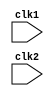
`timescale 1ns / 1ps
//////////////////////////////////////////////////////////////////////////////////
// Company: 
// 
// Design Name: 
// Module Name: mips32
// Project Name: 
// Target Devices: 
// Tool Versions: 
// Description: verilog code for MIPS32 processer,  
//                  
// Dependencies:        visit https://github.com/nidhinchandran47/
// 
// Revision:1
// Revision 0.01 - File Created (21.4.23)
//             2 - Included branching operations and perfomance improvements(27.4.23)
//
//
//
//
// Additional Comments:
//  
//////////////////////////////////////////////////////////////////////////////////


module mips32(
    input clk1,                    // TWO PHASE CLOCK CLOCK TO TRIGGER ADJACENT STAGE WITH A DELAY 
    input clk2                     // ____/\_____/\____
    );                             //_/\_____/\____
    
//-------------------*?? pipeline intermediate registers ??*---------------------

    reg [31:0] PC;                 // program counter
    reg [31:0] IF_ID_IR;           // instruction register between instruction fetch and instruction decode phases
    reg [31:0] IF_ID_NPC;          // temp. program counter value between IF and ID
    reg [31:0] ID_EX_IR;           // instruction register between ID and EX stage
    reg [31:0] ID_EX_NPC;          // temp. program counter value between ID and EX
    reg [31:0] ID_EX_A;            // A register
    reg [31:0] ID_EX_B;            // B register
    reg [31:0] ID_EX_Imm;          // Immediate data register
    reg [31:0] EX_MEM_IR;          // instruction register between EX and MEM stage
    reg [31:0] EX_MEM_ALUout;      // ALU output between EX and MEM stage
    reg [31:0] EX_MEM_B;           // b register
    reg EX_MEM_cond;               // condition register to save the decision wheather to take the branch or not
    reg [31:0] MEM_WB_IR;          //instruction register between MEM and WB
    reg [31:0] MEM_WB_ALUout;      // ALU output between MEM and WB stage
    reg [31:0] MEM_WB_LMD;         // register to load memory data
    reg [2:0] ID_EX_type;          // visit line no.84 for more info  |
    reg [2:0] EX_MEM_type;         // visit line no.84 for more info  |  check typess under parameter
    reg [2:0] MEM_WB_type;         // visit line no.84 for more info  |
    reg HALTED;                    // State register to be made high if halt instruction is called, This register is checked in each stage foe activation
    reg BRANCH_TAKEN;              // State register to be made high if any branch instruction is called, memory write back process of previous operations are stop if it is high
    
//---------------*??  memory / registers ??*--------------------------
    reg [31:0] Reg [0:31];         // register bank   R0-R31  (32X32)
    reg [31:0] Mem [0:1023];       // 4gb external memory
    
//---------------*?? parameters  ??*----------------------------------
            
            //INSTRUCTIONS
    parameter ADD = 6'h00;         //ADDITION      
    parameter SUB = 6'h01;         //SUBSTRACT
    parameter AND = 6'h02;         //AND OPERATION
    parameter OR = 6'h03;          //OR OPERATION
    parameter STL = 6'h04;         // SET LESS THAN
    parameter MUL = 6'h05;         // MULTIPICATION
    parameter NND = 6'h06;         //NAND OPERATION
    parameter NOR = 6'h07;         //NOR OPERATION
    parameter XOR = 6'h08;         //XOR OPERATION
    parameter XNR = 6'h09;         //XNOR OPERATION
    parameter LW = 6'h10;          //LOAD FORM MEMORY
    parameter SW = 6'h11;          //STORE TO MEMORY
    parameter ADI = 6'h12;         //ADD IMMEDIATE
    parameter SUI = 6'h13;         //SUBTRACT IMMEDIATE
    parameter STI = 6'h14;         //SET LEES THAN IMMEDIATE DATA
    parameter JMP = 6'h15;         //JUMP TO THE ADDRESS LOCATION WHICH THE THE SPECIFIC REGISTER CONTAIN
    parameter JPI = 6'h16;         //JUMP TO THE IMMEDIATE ADDRESS LOCATION
    parameter BIF = 6'h17;         //BRANCH IF 
    parameter BNF = 6'h18;         //BRANCH NOT IF
    parameter HLT = 6'h3F;         //STOP THE OPERATION
    
            //TYPES
    parameter RR_ALU = 3'h0;       //REGISTER REGISTER ALU OPERATION
    parameter RM_ALU = 3'h1;       //REGISTER MEMORY ALU OPERATION
    parameter LOAD = 3'h2;         //LOAD FROM MEMORY OPERATION
    parameter STORE = 3'h3;        //STORE TO MEMORY OPERATION
    parameter BRANCH = 3'h4;       //BRANCH
    parameter JUMP = 3'h6;
    parameter JUMP_IM = 3'h7;
    parameter HALT = 3'h5;         //HALT
    
    
//-----------*?? instruction fetch stage ??*-----------------------------------------
    
    always @(posedge clk1)
        if (HALTED == 0)
        begin
            if(((EX_MEM_IR[31:26] == BIF) && (EX_MEM_cond ==1)) || ((EX_MEM_IR[31:26] == BNF) && (EX_MEM_cond ==0)) || (EX_MEM_IR[31:26] == JMP) || (EX_MEM_IR[31:26] == JPI))
                begin
                    IF_ID_IR        <= #1 Mem[EX_MEM_ALUout];                   //in case of branch taken
                    BRANCH_TAKEN    <= #1 1'b1;                                 //updating value of program counter
                    IF_ID_NPC       <= #1 EX_MEM_ALUout +1;
                    PC              <= #1 EX_MEM_ALUout +1;
                end
            else
                begin
                    IF_ID_IR      <= #1 Mem[PC];
                    IF_ID_NPC     <= #1 PC +1;
                    PC            <= #1 PC +1;
                end
        end

//-----------*??  instruction decode stage ??*----------------------------------------   
    
    always @(posedge clk2)
        if (HALTED == 0)
        begin
            if(IF_ID_IR[25:21] == 5'b00000)             //
                begin                                   //
                    ID_EX_A <= 0;                       //  loading the value of rs to A
                end                                     //
            else                                        //
                    ID_EX_A <= #1 Reg[IF_ID_IR[25:21]]; //
             
            if(IF_ID_IR[20:16] == 5'b00000)             //
                begin                                   //
                    ID_EX_B <= 0;                       //  loading the value of rt to B
                end                                     //
            else                                        //
                    ID_EX_B <= #1 Reg[IF_ID_IR[20:16]]; //
            
            ID_EX_NPC    <= #1 IF_ID_NPC;                               //forwarding pc to next pipeline stage
            ID_EX_IR     <= #1 IF_ID_IR;                                //forwarding ir to next pipeline stage
            ID_EX_Imm    <= #1 {{16{IF_ID_IR[15]}}, {IF_ID_IR[15:0]}};  //sign extenting and forwarding the immediate data to next stage
            
            case (IF_ID_IR[31:26])                                                     //type decoding     
                AND,SUB,ADD,OR,STL,MUL,NND,NOR,XOR,XNR : ID_EX_type <= #1 RR_ALU;
                ADI,SUI,STI                            : ID_EX_type <= #1 RM_ALU;
                LW                                     : ID_EX_type <= #1 LOAD;
                SW                                     : ID_EX_type <= #1 STORE;
                BIF,BNF                                : ID_EX_type <= #1 BRANCH;
                JMP                                    : ID_EX_type <= #1 JUMP;
                JPI                                    : ID_EX_type <= #1 JUMP_IM;
                HLT                                    : ID_EX_type <= #1 HALT;
                default                                : ID_EX_type <= #1 HALT;
            endcase    
        end
    
//-----------*??  execution stage ??*------------------------------------------------   
    
    always @(posedge clk1)
        if(HALTED == 0)
        begin
            EX_MEM_type <= #1 ID_EX_type;               //forwarding type to next stage
            EX_MEM_IR   <= #1 ID_EX_IR;                 //forwarding IR to next stage
            BRANCH_TAKEN <= #1 1'b0;
            
            case (ID_EX_type)                           // ALU
                RR_ALU     :begin
                                case(ID_EX_IR[31:26])
                                    ADD     : begin
                                                    EX_MEM_ALUout <= #1 ID_EX_A + ID_EX_B;
                                                    Reg[ID_EX_IR[15:11]]  <= #1 ID_EX_A + ID_EX_B;
                                              end
                                    SUB     : begin 
                                                    EX_MEM_ALUout <= #1 ID_EX_A - ID_EX_B;
                                                    Reg[ID_EX_IR[15:11]]  <= #1 ID_EX_A - ID_EX_B;
                                              end
                                    AND     : begin 
                                                    EX_MEM_ALUout <= #1 ID_EX_A & ID_EX_B;
                                                    Reg[ID_EX_IR[15:11]]  <= #1 ID_EX_A & ID_EX_B;
                                              end                                    
                                    OR      : begin 
                                                    EX_MEM_ALUout <= #1 ID_EX_A | ID_EX_B;
                                                    Reg[ID_EX_IR[15:11]]  <= #1 ID_EX_A | ID_EX_B;
                                              end         
                                    STL     : begin 
                                                    EX_MEM_ALUout <= #1 ID_EX_A < ID_EX_B;
                                                    Reg[ID_EX_IR[15:11]]  <= #1 ID_EX_A < ID_EX_B;
                                              end         
                                    MUL     : begin 
                                                    EX_MEM_ALUout <= #1 ID_EX_A * ID_EX_B;
                                                    Reg[ID_EX_IR[15:11]]  <= #1 ID_EX_A * ID_EX_B;
                                              end         
                                    NND     : begin 
                                                    EX_MEM_ALUout <= #1 ~(ID_EX_A & ID_EX_B);
                                                    Reg[ID_EX_IR[15:11]]  <= #1 ~(ID_EX_A & ID_EX_B);
                                              end         
                                    NOR     : begin 
                                                    EX_MEM_ALUout <= #1 ~(ID_EX_A | ID_EX_B);
                                                    Reg[ID_EX_IR[15:11]]  <= #1 ~(ID_EX_A | ID_EX_B);
                                              end         
                                    XOR     : begin 
                                                    EX_MEM_ALUout <= #1 ID_EX_A ^ ID_EX_B;
                                                    Reg[ID_EX_IR[15:11]]  <= #1 ID_EX_A ^ ID_EX_B;
                                              end         
                                    XNR     : begin 
                                                    EX_MEM_ALUout <= #1 ~(ID_EX_A ^ ID_EX_B);
                                                    Reg[ID_EX_IR[15:11]]  <= #1 ~(ID_EX_A ^ ID_EX_B);
                                              end         
                                    default : begin 
                                                    EX_MEM_ALUout <= 32'hxxxxxxxx;
                                                    Reg[ID_EX_IR[15:11]]  <= 32'hxxxxxxxx;
                                              end         
                                endcase
                            end
                RM_ALU     :begin
                                case(ID_EX_IR[31:26])
                                    ADI     : begin 
                                                    EX_MEM_ALUout <= #1 ID_EX_B + ID_EX_Imm;
                                                    Reg[ID_EX_IR[25:21]] <= #1 ID_EX_B + ID_EX_Imm;
                                              end
                                    SUI     : begin 
                                                    EX_MEM_ALUout <= #1 ID_EX_B - ID_EX_Imm;
                                                    Reg[ID_EX_IR[25:21]] <= #1 ID_EX_B - ID_EX_Imm;
                                              end
                                    STI     : begin 
                                                    EX_MEM_ALUout <= #1 ID_EX_B < ID_EX_Imm;
                                                    Reg[ID_EX_IR[25:21]] <= #1 ID_EX_B < ID_EX_Imm;
                                              end
                                    default :  begin 
                                                    EX_MEM_ALUout <= 32'hxxxxxxxx;
                                                    Reg[ID_EX_IR[25:21]] <= 32'hxxxxxxxx;
                                              end
                                endcase
                            end
                LOAD,STORE :begin
                                    EX_MEM_ALUout <= #1 ID_EX_A + ID_EX_Imm;
                                    EX_MEM_B      <= #1 ID_EX_B;
                            end                                                                   
                BRANCH     :begin
                                    EX_MEM_ALUout <= #1 ID_EX_NPC + ID_EX_Imm;
                                    EX_MEM_cond   <= #1 (ID_EX_A == 0);
                            end
                JUMP_IM    :        EX_MEM_ALUout <= #1 ID_EX_Imm;
                JUMP       :        EX_MEM_ALUout <= #1 ID_EX_A;

            endcase
            
        end
        
//------------*?? memory access stage ??*--------------------------------------------
  
    always @(posedge clk2)
        if(HALTED == 0)
        begin
            MEM_WB_type   <=  #1 EX_MEM_type;                                   //forwarding type to next stage
            MEM_WB_IR     <=  #1 EX_MEM_IR;                                     //forwarding IR to next stage
        
            case(EX_MEM_type)
               RR_ALU,RM_ALU  :MEM_WB_ALUout      <= #1 EX_MEM_ALUout;          //forwarding ALU output if type is RR or RM
               LOAD           :MEM_WB_LMD         <= #1 Mem[EX_MEM_ALUout];     //taking alu output as address, load the memory to LMD register
               STORE          :if (BRANCH_TAKEN == 0)
                               begin
                                    Mem[EX_MEM_ALUout] <= #1 EX_MEM_B;         //taking alu output as address, load the B register data to memory if branch is not taken
                               end               
           endcase
        end  
        
//-----------*?? write back stage ??*-------------------------------------------------

    always @(posedge clk1)
        begin
        if (BRANCH_TAKEN == 0)
        begin
            case(MEM_WB_type)
                //RR_ALU    :Reg[MEM_WB_IR[15:11]]  <= #1 MEM_WB_ALUout;        //write back the alu output to the destination register // already done in execiution
                //RM_ALU    :Reg[MEM_WB_IR[25:21]]  <= #1 MEM_WB_ALUout;        //write back the alu output to the destination register // already done in execiution
                LOAD      :Reg[MEM_WB_IR[20:16]]  <= #1 MEM_WB_LMD;
                HALT      :HALTED                 <= #1 1'b1;
            endcase
        end
        end
endmodule